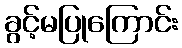
ခွင့်မပြုကြောင်း